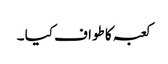
کعبہ کا طواف کیا ۔